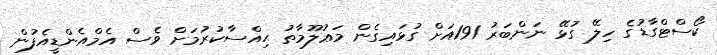
ކޯސްޓްގާޑުގެ ހިލޭ ގުޅޭ ނަންބަރު 191އަށް ގުޅައިގެން މަޢުލޫމާތު ޙިއްސާކުރުމަށް ވެސް އެމްއެންޑީއެފުން